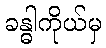
ခန္ဓါကိုယ်မှ